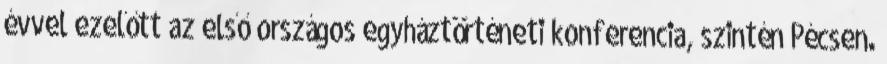
évvel ezelőtt az első országos egyháztörténeti konferencia, szintén Pécsen.